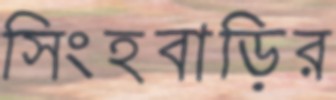
সিংহবাড়ির